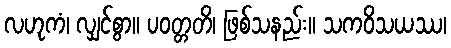
လဟုကံ၊ လျှင်စွာ။ ပဝတ္တတိ၊ ဖြစ်သနည်း။ သကဝိသယဿ၊